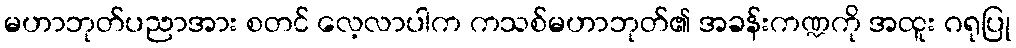
မဟာဘုတ်ပညာအား စတင် လေ့လာပါက ကသစ်မဟာဘုတ်၏ အခန်းကဏ္ဍကို အထူး ဂရုပြု